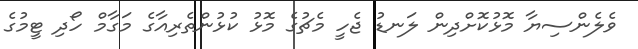
ވެެލެންސިޔާ މޮޅުކޮށްދިން ލަނޑު ޖެހީ މެޗުގެ މޮޅު ކުޅުންތެރިއާގެ މަގާމް ހޯދި ޓީމުގެ